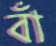
বাঁ